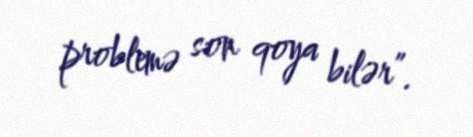
problemə son qoya bilər”.